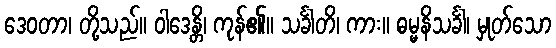
ဒေဝတာ၊ တို့သည်။ ဝါဒေန္တိ၊ ကုန်၏။ သင်္ခါတိ၊ ကား။ ဓမ္မနိသင်္ခါ၊ မှုတ်သော